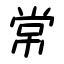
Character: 常